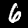
Digit: 6